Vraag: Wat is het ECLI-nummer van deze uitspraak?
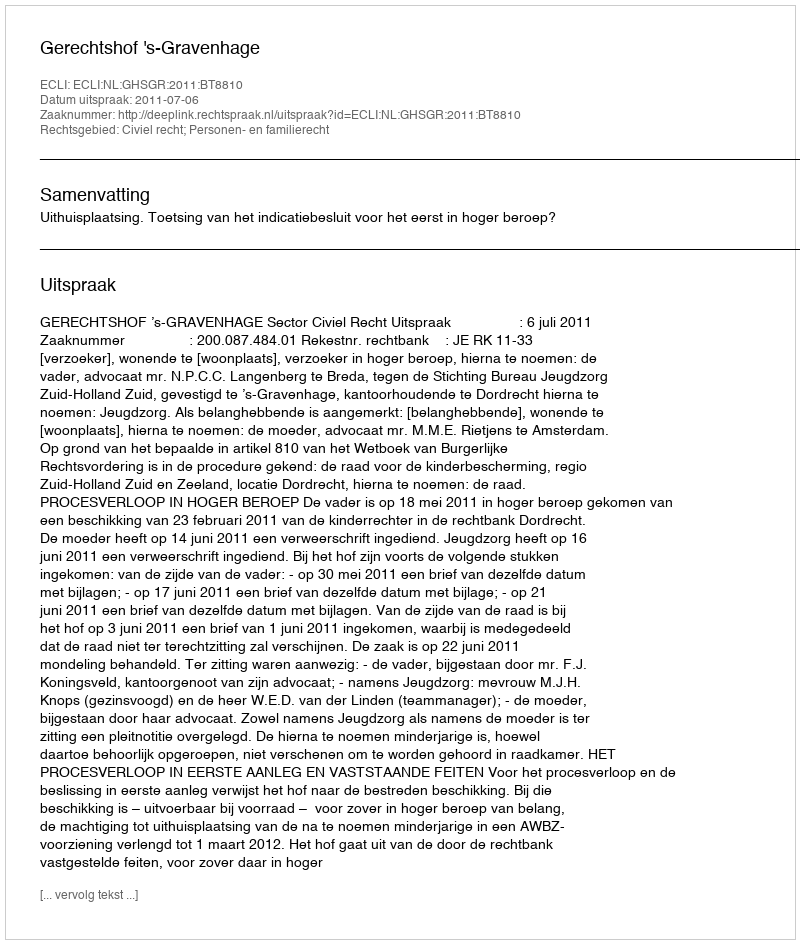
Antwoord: ECLI:NL:GHSGR:2011:BT8810